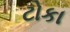
ટોકા